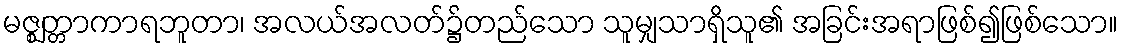
မဇ္ဈတ္တာကာရဘူတာ၊ အလယ်အလတ်၌တည်သော သူမျှသာရှိသူ၏ အခြင်းအရာဖြစ်၍ဖြစ်သော။